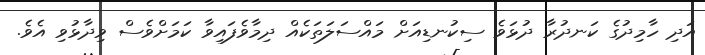
އަދި ހާމިދުގެ ކަނދުރާ ދުޅަވެ ސިކުނޑިއަށް މައްސަލަތަކެއް ދިމާވެފައިވާ ކަމަށްވެސް ވިދާޅުވި އެވެ.